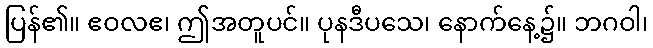
ပြန်၏။ ဧဝလဧ၊ ဤအတူပင်။ ပုနဒီပသေ၊ နောက်နေ့၌။ ဘဂဝါ၊